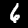
Label: 6